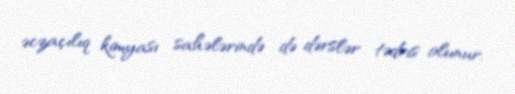
əczaçılıq kimyası sahələrində də dərslər tədris olunur.